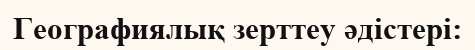
Географиялық зерттеу әдістері: